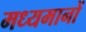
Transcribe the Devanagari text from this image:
मध्यमानों